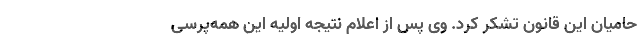
حامیان این قانون تشكر كرد. وی پس از اعلام نتیجه اولیه این همه‌پرسی